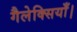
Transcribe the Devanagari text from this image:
गैलेक्सियाँ।